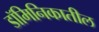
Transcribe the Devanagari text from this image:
डॉमिनिकातील